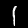
Label: 1